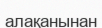
алақанынан